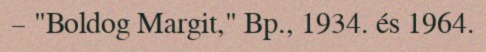
– "Boldog Margit," Bp., 1934. és 1964.